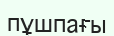
пұшпағы